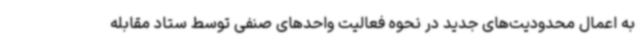
به اعمال محدودیت‌های جدید در نحوه فعالیت واحدهای صنفی توسط ستاد مقابله